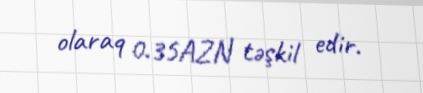
olaraq 0.35AZN təşkil edir.